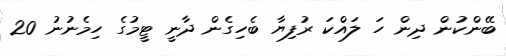
ބޭންކުން ދިން ހަ ލައްކަ ރުފިޔާ ބެހިގެން ދާނީ ޓީމުގެ ހިމެނުނު 20